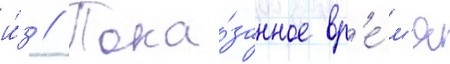
и́з // Пока́занное вр'е́м'я